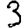
Digit: 3